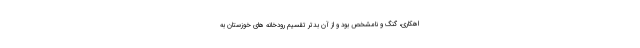
اهکاری، گنگ و نامشخص بود و از آن بدتر تقسیم رودخانه های خوزستان به